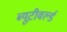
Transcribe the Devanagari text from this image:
ब्यूटीवर्ल्ड